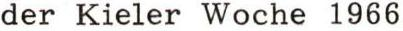
der Kieler Woche 1966